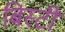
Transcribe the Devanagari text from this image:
बिस्टी